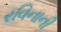
રવિનાની